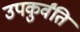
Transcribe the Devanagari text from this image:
उपकुर्वंति